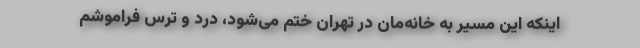
اینکه این مسیر به خانه‌مان در تهران ختم می‌شود، درد و ترس فراموشم